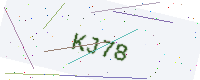
Text: KJ78